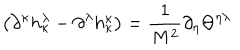
LaTeX: \left( \partial ^ { \kappa } h _ { \kappa } ^ { \lambda } - \partial ^ { \lambda } h _ { \kappa } ^ { \kappa } \right) = \frac { 1 } { M ^ { 2 } } \partial _ { \eta } \Theta ^ { \eta \lambda } \,